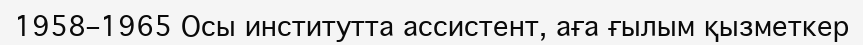
1958–1965 Осы институтта ассистент, аға ғылым қызметкер